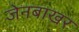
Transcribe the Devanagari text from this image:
जेनबाखर